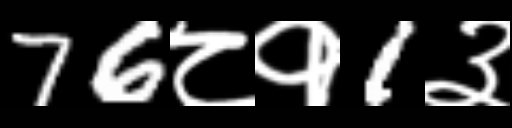
Text: 76८१1३